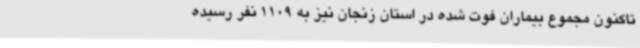
تاکنون مجموع بیماران فوت شده در استان زنجان نیز به 1109 نفر رسیده